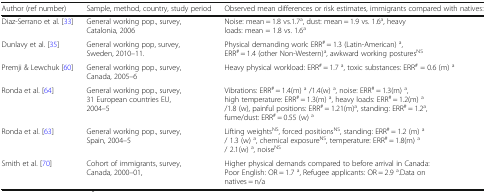
<table><thead><tr><td><b>Author (ref number)</b></td><td><b>Sample, method, country, study period</b></td><td><b>Observed mean differences or risk estimates, immigrants compared with natives:</b></td></tr></thead><tbody><tr><td>Diaz-Serrano et al. [33]</td><td>General working pop., survey, Catalonia, 2006</td><td>Noise: mean = 1.8 vs.1.7<sup>a</sup>, dust: mean = 1.9 vs. 1.6<sup>a</sup>, heavy loads: mean = 1.8 vs. 1.6<sup>a</sup></td></tr><tr><td>Dunlavy et al. [35]</td><td>General working pop, survey, Sweden, 2010–11.</td><td>Physical demanding work: ERR<sup>#</sup> = 1.3 (Latin-American) <sup>a</sup>, ERR<sup>#</sup> = 1.4 (other Non-Western)<sup>a</sup>, awkward working postures<sup>NS</sup></td></tr><tr><td>Premji &amp; Lewchuk [60]</td><td>General working pop., survey, Canada, 2005–6</td><td>Heavy physical workload: ERR<sup>#</sup> = 1.7 <sup>a</sup>, toxic substances: ERR<sup>#</sup> = 0.6 (m) <sup>a</sup></td></tr><tr><td>Ronda et al. [64]</td><td>General working pop., survey, 31 European countries EU, 2004–5</td><td>Vibrations: ERR<sup>#</sup> = 1.4(m) <sup>a</sup> /1.4(w) <sup>a</sup>, noise: ERR<sup>#</sup> = 1.3(m) <sup>a</sup>, high temperature: ERR<sup>#</sup> = 1.3(m) <sup>a</sup>, heavy loads: ERR<sup>#</sup> = 1.2(m) <sup>a</sup>/1.8 (w), painful positions: ERR<sup>#</sup> = 1.21(m)<sup>a</sup>, standing: ERR<sup>#</sup> = 1.2<sup>a</sup>, fume/dust: ERR<sup>#</sup> = 0.55 (w) <sup>a</sup></td></tr><tr><td>Ronda et al. [63]</td><td>General working pop., survey, Spain, 2004–5</td><td>Lifting weights<sup>NS</sup>, forced positions<sup>NS</sup>, standing: ERR<sup>#</sup> = 1.2 (m) <sup>a</sup>/ 1.3 (w) <sup>a</sup>, chemical exposure<sup>NS</sup>, temperature: ERR<sup>#</sup> = 1.8(m) <sup>a</sup>/ 2.1(w) <sup>a</sup>, noise<sup>NS</sup></td></tr><tr><td>Smith et al. [70]</td><td>Cohort of immigrants, survey, Canada, 2000–01,</td><td>Higher physical demands compared to before arrival in Canada: Poor English: OR = 1.7 <sup>a</sup>, Refugee applicants: OR = 2.9 <sup>a</sup>.Data on natives = n/a</td></tr></tbody></table>